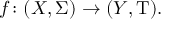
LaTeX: f \colon ( X , \Sigma ) \rightarrow ( Y , \mathrm { T } ) .